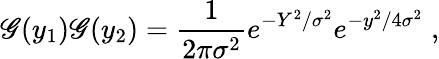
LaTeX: \mathscr{G}(y_{1})\mathscr{G}(y_{2})={\frac{{1}}{{2\pi\sigma^{2}}}}e^{-Y^{2}/\sigma^{2}}e^{-y^{2}/4\sigma^{2}}\; ,